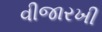
વીજારખી